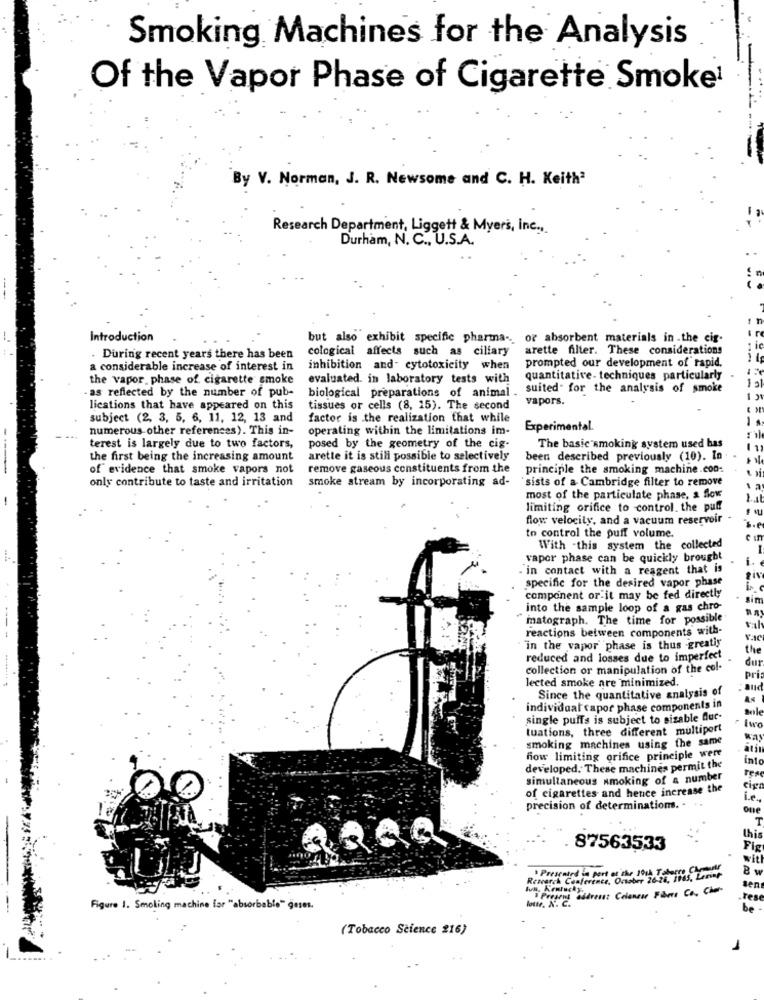
Smoking Machines for the Analysis
Of the Vapor Phase of Cigarette Smoke1
By V. Norman, J. R. Newsome and C. H. Keith?
Research Department, Liggett & Myers, inc .,
Durham, N. C ., U.S.A.
Introduction
but also exhibit specific pharma .. or absorbent materials in the cig-
cological affects such as ciliary
arette filter. These considerations
. During recent years there has been
a considerable increase of interest in
inhibition and- cytotoxicity when
prompted our development of rapid,
the vapor phase of. cigarette smoke
evaluated. in laboratory tests with
quantitative- techniques particularly
as reflected by the number of pub-
biological preparations of animal .
suited for the analysis of smoke
vapors.
lications that have appeared on this
tissues or cells (8, 15). The second
subject (2, 3, 5, 6, 11, 12, 13 and
factor is .the realization that while
numerous other references). This in-
operating within the limitations im-
Experimental.
terest is largely due to two factors,
posed by the geometry of the cig-
The basic smoking system used has
the first being the increasing amount
arette it is still possible to selectively
been described previously (10). In
of evidence that smoke vapors not
remove gaseous constituents from the
principle the smoking machine.coo-
only contribute to taste and irritation
smoke stream by incorporating ad-
`sists of a Cambridge filter to remove
most of the particulate phase, & flow
-
limiting orifice to control. the puff
flow velocity, and a vacuum reservoir
to control the puff volume.
With -this system the collected
vapor phase can be quickly brought
i.
. in contact with a reagent that is
specific for the desired vapor phase
siv
component or it may be fed directly
sim
into the sample loop of a gas chro-
"matograph. The time for possible
reactions between components with-
in the vapor phase is thus -greatly
the
reduced and losses due to imperfect
dur
collection or manipulation of the col-
lected smoke are minimized.
pri:
and
Since the quantitative analysis of
individual capor phase components in
sole
single puffs is subject to sizable duc-
tuations, three different multiport
Iwo
was
smoking machines using the same
how limiting orifice principle were
inte
developed. These machines permit the
simultaneous smoking of a number
of cigarettes and hence increase the
cig
i.e .,
precision of determinations. .
one
T
this
87563533
Fis
wit
· Presented in part of the Lot There Chorar
B w
Research Conference, October 26-24,
sen
„tes
Figure 1. Smoking machine for "absorbable" geses.
be
(Tobacco Science 216)